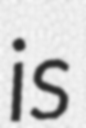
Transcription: is